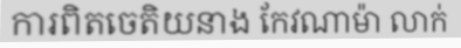
ការពិតចេតិយនាង កែវណាម៉ា លាក់